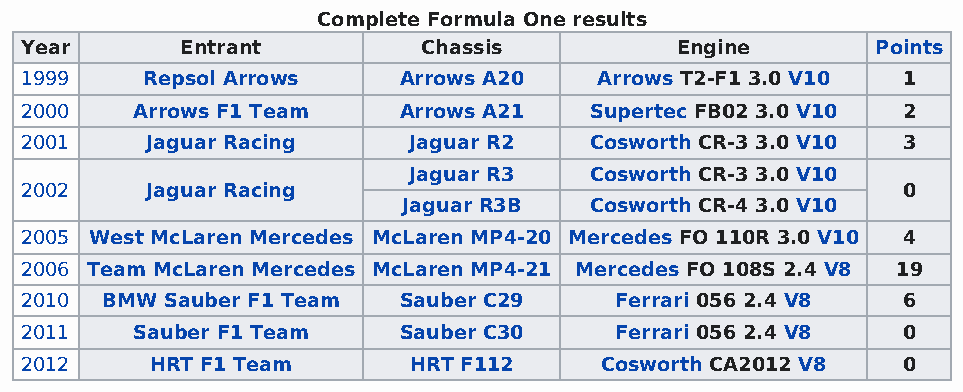
Complete Formula One results
 Year       Entrant         Chassis          Engine       Points
 1999    Repsol Arrows    Arrows A20    Arrows T2-F1 3.0 V10 1
 2000    Arrows F1 Team   Arrows A21   Supertec FB02 3.0 V10 2
 2001     Jaguar Racing    Jaguar R2   Cosworth CR-3 3.0 V10 3
 Jaguar R3   Cosworth CR-3 3.0 V10
 2002     Jaguar Racing                                     0
 Jaguar R3B  Cosworth CR-4 3.0 V10
 2005 West McLaren Mercedes McLaren MP4-20 Mercedes FO 110R 3.0 V10 4
 2006 Team McLaren Mercedes McLaren MP4-21 Mercedes FO 108S 2.4 V8 19
 2010  BMW Sauber F1 Team Sauber C29     Ferrari 056 2.4 V8 6
 2011    Sauber F1 Team   Sauber C30     Ferrari 056 2.4 V8 0
 2012     HRT F1 Team      HRT F112     Cosworth CA2012 V8  0